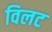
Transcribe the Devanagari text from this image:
विलट